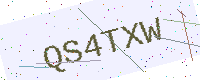
Text: QS4TXW